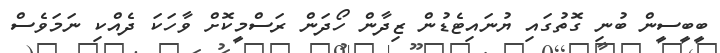
ބީބީސީން ބުނި ގޮތުގައި ޔުނައިޓެޑުން ޒިދާން ހޯދަން ރަސްމީކޮށް ވާހަކަ ދެއްކި ނަމަވެސް